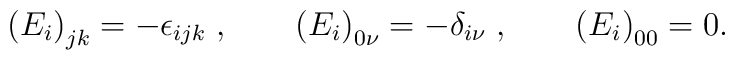
\left(  E_{i}\right)  _{jk}=-\epsilon_{ijk}\;,\qquad\left(  E_{i}\right)_{0\nu}=-\delta_{i\nu}\;,\qquad\left(  E_{i}\right)  _{00}=0.